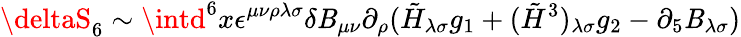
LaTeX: \deltaS_{6}\sim\intd^{6}x\epsilon^{\mu\nu\rho\lambda\sigma}\delta\mathit{B}_{\mu\nu}\partial_{\rho}(\tilde{{H}}_{\lambda\sigma}g_{1}+(\tilde{{H}}^{3})_{\lambda\sigma}g_{2}-\partial_{5}\mathit{B}_{\lambda\sigma})